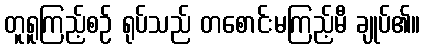
တူရူကြည့်စဉ် ရုပ်သည် တစောင်းမကြည့်မီ ချုပ်၏။